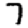
Digit: 7